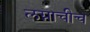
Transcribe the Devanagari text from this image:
लग्नाचीच